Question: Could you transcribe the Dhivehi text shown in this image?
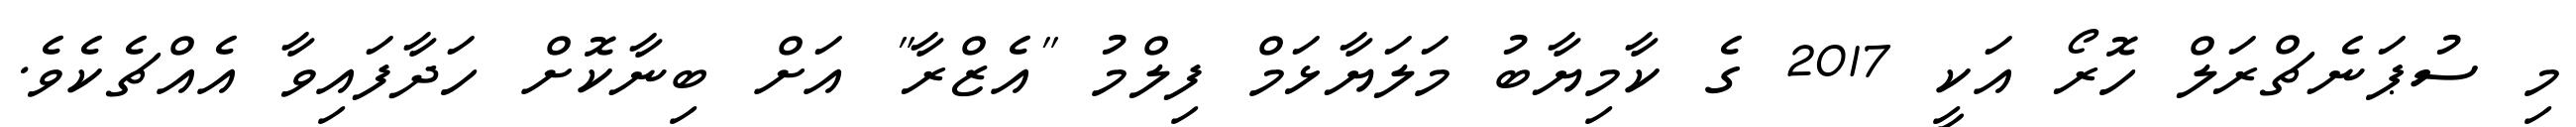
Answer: މި ސުޕަނެޗްރަލް ހޮރޯ އަކީ 2017 ގެ ކާމިޔާބު މަލަޔާޅަމް ފިލްމު "އެޒްރާ" އަށް ބިނާކޮށް ހަދާފައިވާ އެއްޗެކެވެ.